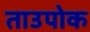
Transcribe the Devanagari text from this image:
ताउपोक